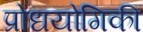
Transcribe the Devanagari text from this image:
प्रोधयोगिकी